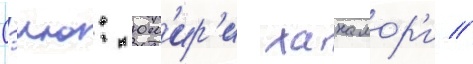
Сэию: юм'ир'и ханамор'и //